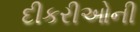
દીકરીઓની